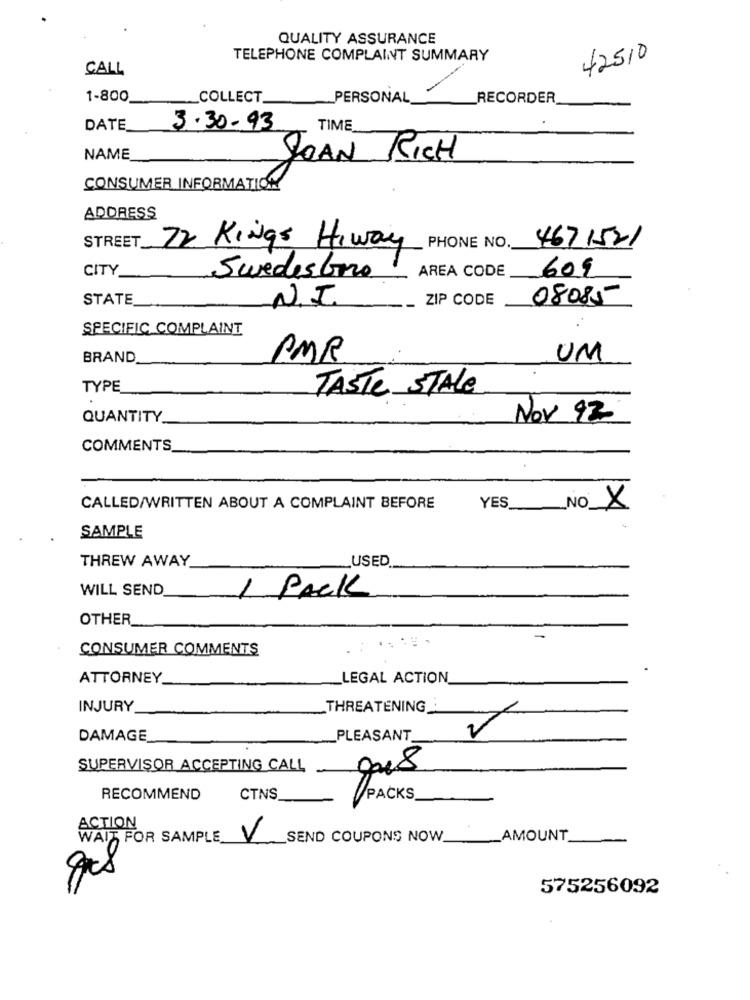
QUALITY ASSURANCE
TELEPHONE COMPLAINT SUMMARY
42510
CALL
1-800
_COLLECT.
PERSONAL
RECORDER
DATE
3.30-93
TIME
NAME
JOAN RICH
CONSUMER INFORMATION
ADDRESS
STREET_
72 Kings Hiway
PHONE NO.
4671521
CITY
AREA CODE
Swedesboro
609
STATE
N.I.
ZIP CODE
08085
SPECIFIC COMPLAINT
BRAND
PMR
UM
TYPE
TASTE STALE
QUANTITY
Nov 92
COMMENTS
CALLED/WRITTEN ABOUT A COMPLAINT BEFORE
YES
NO X
SAMPLE
THREW AWAY
USED
WILL SEND_
1 PACK
OTHER
-
CONSUMER COMMENTS
.. .. ...
ATTORNEY
LEGAL ACTION
INJURY
THREATENING
DAMAGE
PLEASANT
SUPERVISOR ACCEPTING CALL
008
RECOMMEND
CTNS
PACKS.
ACTION
WAIT FOR SAMPLE
V
SEND COUPONS NOW
AMOUNT
575256092